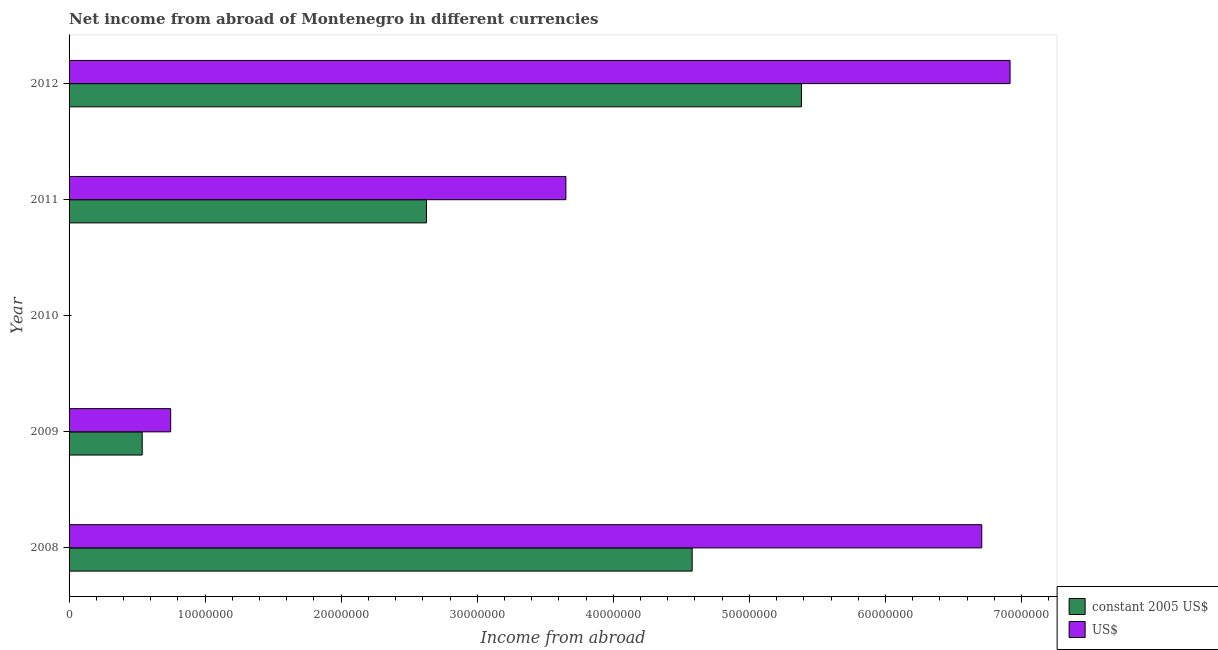
| Year | constant 2005 US$ | US$ |
 | --- | --- | --- |
 | 2008 | 4.58e+07 | 6.71e+07 |
 | 2009 | 5.38e+06 | 7.47e+06 |
 | 2010 | -2.17e+07 | -2.88e+07 |
 | 2011 | 2.63e+07 | 3.65e+07 |
 | 2012 | 5.38e+07 | 6.92e+07 |